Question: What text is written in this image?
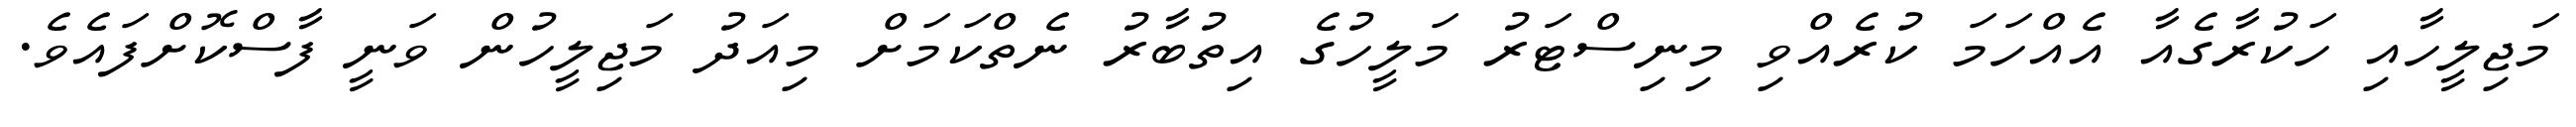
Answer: މަޖިލީހާއި ހަކުރާގެއާ އެއްހަމަ ކުރެއްވި މިނިސްޓަރު މަލީހުގެ އިތުބާރު ނެތްކަމަށް މިއަދު މަޖިލީހުން ވަނީ ފާސްކޮށްފައެވެ.